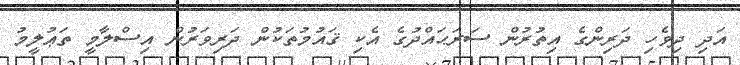
އަދި ދިވެހި ދަރިންގެ އިތުރުން ސަރަޙައްދުގެ އެކި ޤައުމުތަކުން ދަރިވަރުން އިސްލާމީ ތަޢުލީމު